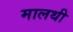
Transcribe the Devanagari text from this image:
मालथी